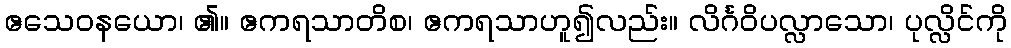
ဧသေဝနယော၊ ၏။ ဧကရသာတိစ၊ ဧကရသာဟူ၍လည်း။ လိင်္ဂဝိပလ္လာသော၊ ပုလ္လိင်ကို